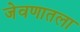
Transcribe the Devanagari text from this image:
जेवणातला